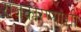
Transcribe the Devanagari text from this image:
राजकारण्यांशी